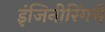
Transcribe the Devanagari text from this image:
इंजिनीरिंगचे